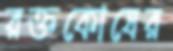
রক্তকোষের